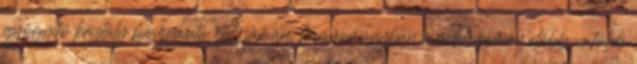
gyógyító kristály használata A sámáni hagyományban minden sámán előbb-utóbb